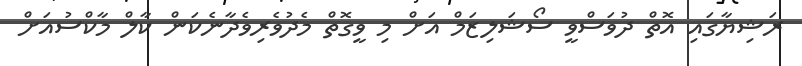
ރަޝިޔާގައި އޮތް ދުވަސްވީ ސޯޝަލިޒަމް އަށް މި ވީގޮތް މެދުވެރިވެދާނެކަން ކާލް މާކްސުއަށް